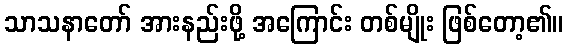
သာသနာတော် အားနည်းဖို့ အကြောင်း တစ်မျိုး ဖြစ်တော့၏။